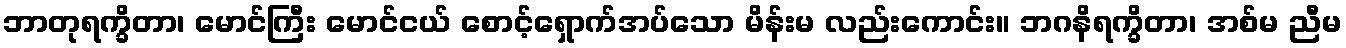
ဘာတုရက္ခိတာ၊ မောင်ကြီး မောင်ငယ် စောင့်ရှောက်အပ်သော မိန်းမ လည်းကောင်း။ ဘဂနိရက္ခိတာ၊ အစ်မ ညီမ